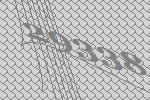
29338